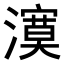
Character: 𭳉